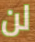
لن